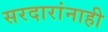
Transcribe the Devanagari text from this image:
सरदारांनाही